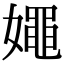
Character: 𡢘